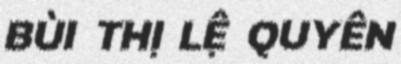
BÙI THỊ LỆ QUYÊN